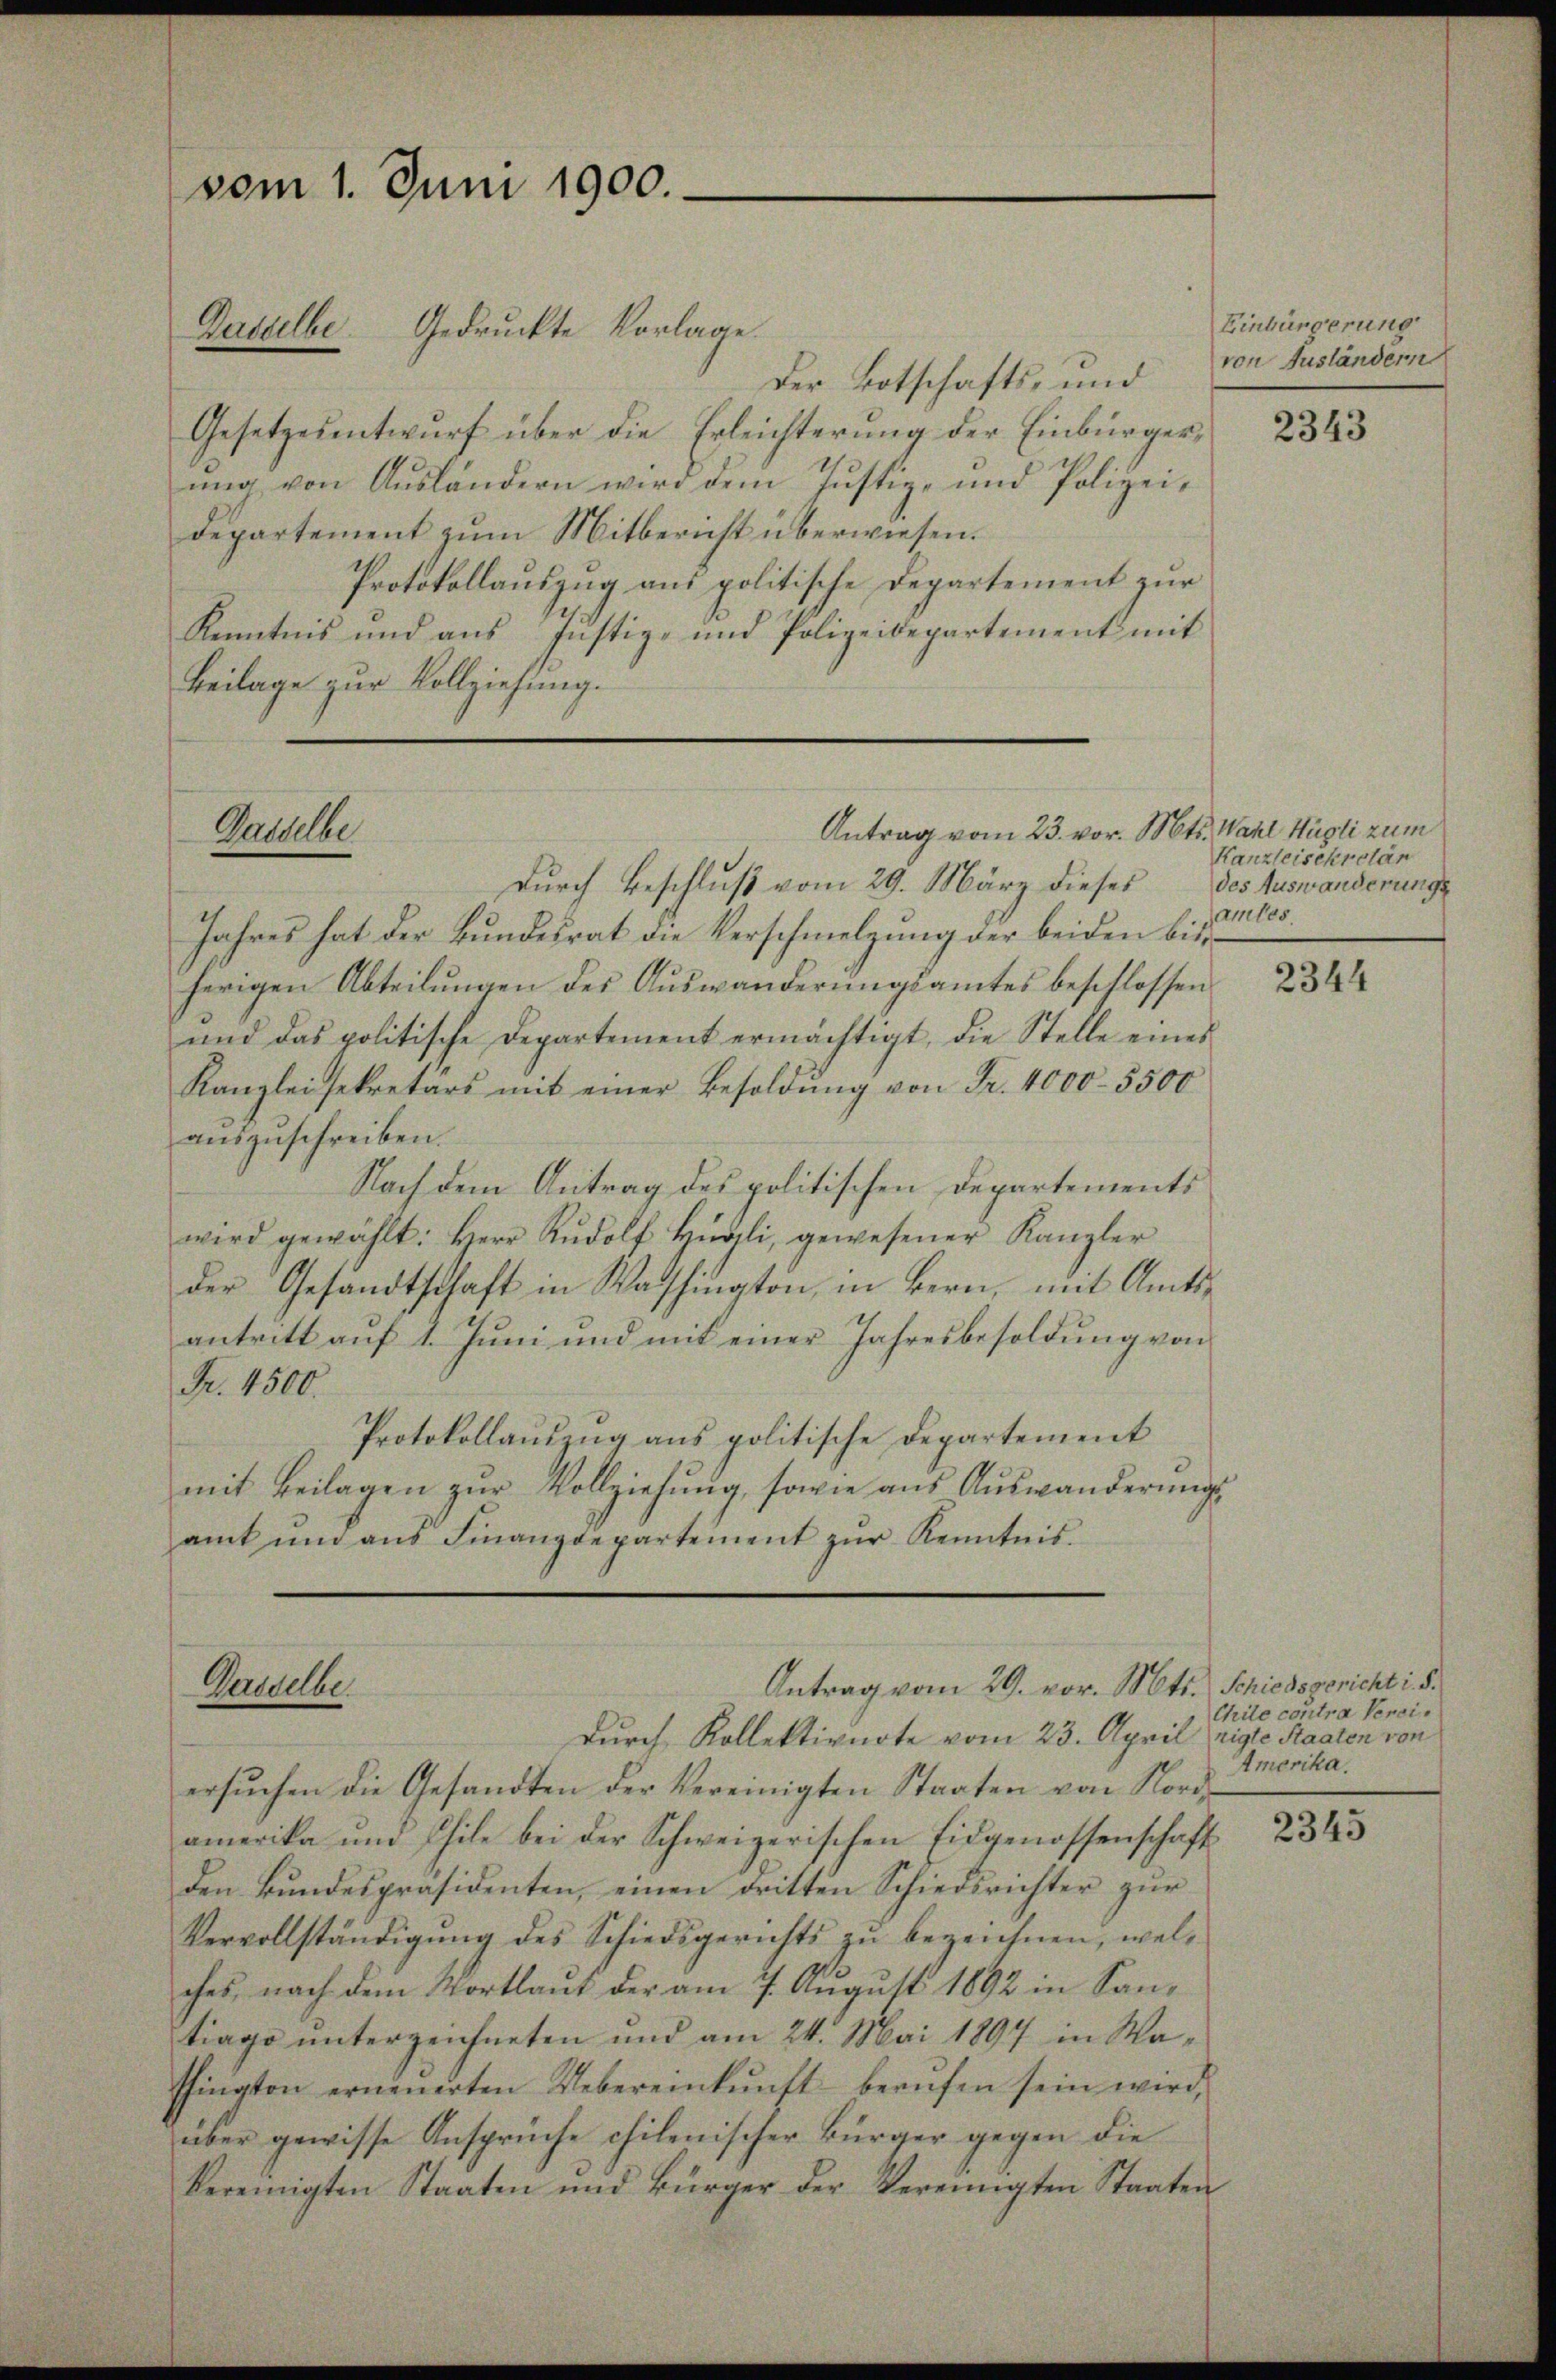
vom 1. Juni 1900.
Dasselbe. Gedruckte Vorlage.

Der Botschafts- und von Ausländern
Gesetzesentwurf über die Erleichterung der Einbürgerŭng von Aŭsländern wird dem Justiz- und Polizei-
departement zum Mitbericht überwiesen.
Protokollauszug aus politische Departement zur
Kenntnis und aus Justiz- und Polizeidepartement mit
Beilage zur Vollziehung.

Antrag vom 23. vor. Mts. Wahl Hügli zum
Gasselbe

Durch Beschluß vom 29. März dieses
Jahres hat der Bundesrat die Verschmelzung der beiden bisherigen Abteilungen des Auswanderungsamtes beschlossen
und das politische Departement ermächtigt, die Stelle eines
Kanzlei sekretärs mit einer Besoldŭng von Fr. 4000. 5500
auszuschreiben.
Nach dem Antrag des politischen Departements
wird gewählt: Herr Rŭdolf Hürli, gewesener Kanzler
der Gesandtschaft in Washington, in Bern, mit Amts-
antritt auf 1. Juni und mit einer Jahresbesoldung von
Fr. 4500.
Protokollauszug aus politische Departement
mit Beilagen zŭr Vollziehŭng, sowie aŭs Aŭswanderŭngs
amt und ans Finanzdepartement zŭr Kenntnis.

Antrag vom 29. vor. Mts. Schiedsgericht i. S.
Gasselbe

durch Kollektiverte vom 23. April eigte Staaten von
ersuchen die Gesandten der Vereinigten Staaten von Nordamerika und Phile bei der Schweizerischen Eidgenossenschaft
den Bundespräsidenten, einen dritten Schiedsrichter zur
Vervollständigung des Schiedsgerichts zu bezeichnen, welches nach dem Wortlaut der am 7. August 1892 in Santiage unterzeichneten und am 24. Mai 1897 in Washington erneuerten Uebereinkunft berŭfen sein wird,
über gewisse Ansprüche chilenischer Bürger gegen die
vereinigten Staaten und Bürger der Vereinigten Staaten

Einbürgerung

2343

Kanzleisekretär
des Auswanderungs
amtes.

2344

Chile contra Versi¬
Amerika.

2345